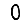
Digit: 0